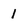
Character: 1